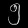
Digit: ၅